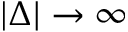
| \Delta | \to \infty